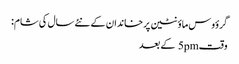
گرؤوس ماؤنٹین پر خاندان کے نئے سال کی شام:
وقت5pm کے بعد